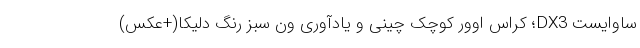
ساوایست DX3؛ کراس اوور کوچک چینی و یادآوری ون سبز رنگ دلیکا(+عکس)